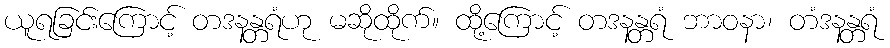
ယူရခြင်းကြောင့် တဒနန္တရံဟု မဆိုထိုက်။ ထို့ကြောင့် တဒနန္တရံ ဘာဝနာ၊ တံဒနန္တရံ